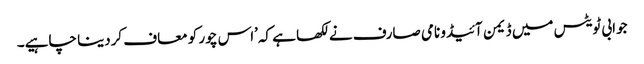
جوابی ٹویٹس میں ڈیمن آئیڈو نامی صارف نے لکھا ہے کہ’اس چور کو معاف کردینا چاہیے۔